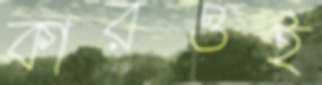
কারওই